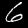
Label: 6